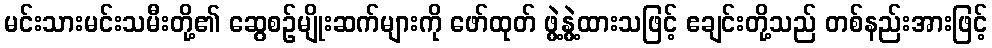
မင်းသားမင်းသမီးတို့၏ ဆွေစဉ်မျိုးဆက်များကို ဖော်ထုတ် ဖွဲ့နွဲ့ထားသဖြင့် ဧချင်းတို့သည် တစ်နည်းအားဖြင့်